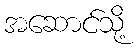
အဆောင်သို့